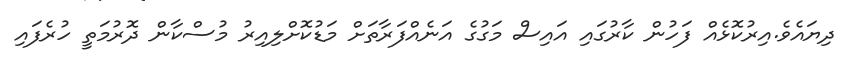
ދިޔައެވެ.އިރުކޮޅެއް ފަހުން ކާރުގައި އައިސް މަގުގެ އަނެއްފަރާތަށް މަޑުކޮށްލިއިރު މުސްކާން ދޮރުމަތީ ހުރެފައި